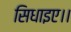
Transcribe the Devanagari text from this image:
सिधाइए।।